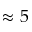
\approx 5